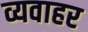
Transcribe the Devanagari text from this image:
व्यवाहर